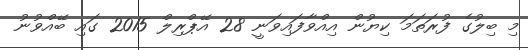
މި ބިލުގެ ފުރަތަމަ ކިޔުން އިއްވާފައިވަނީ 28 އޭޕްރިލް 2015 ގައި ބޭއްވުނު